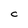
Character: C